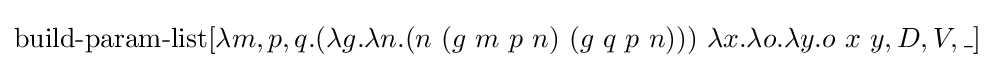
\operatorname {build-param-list} [\lambda m,p,q.(\lambda g.\lambda n.(n\ (g\ m\ p\ n)\ (g\ q\ p\ n)))\ \lambda x.\lambda o.\lambda y.o\ x\ y,D,V,\_]